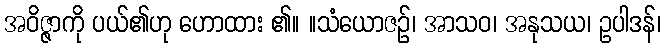
အဝိဇ္ဇာကို ပယ်၏ဟု ဟောထား ၏။ ။သံယောဇဉ်၊ အာသဝ၊ အနုသယ၊ ဥပါဒန်၊